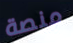
منصة